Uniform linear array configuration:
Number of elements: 12
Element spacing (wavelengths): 0.5
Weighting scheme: kaiser
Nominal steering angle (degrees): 45
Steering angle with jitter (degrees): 43.122
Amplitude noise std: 0.05
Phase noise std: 0.05

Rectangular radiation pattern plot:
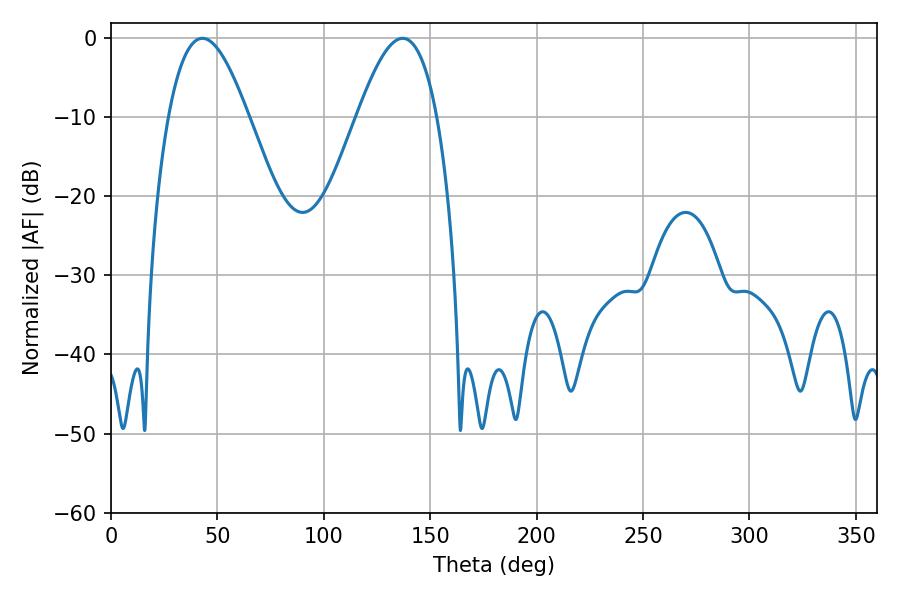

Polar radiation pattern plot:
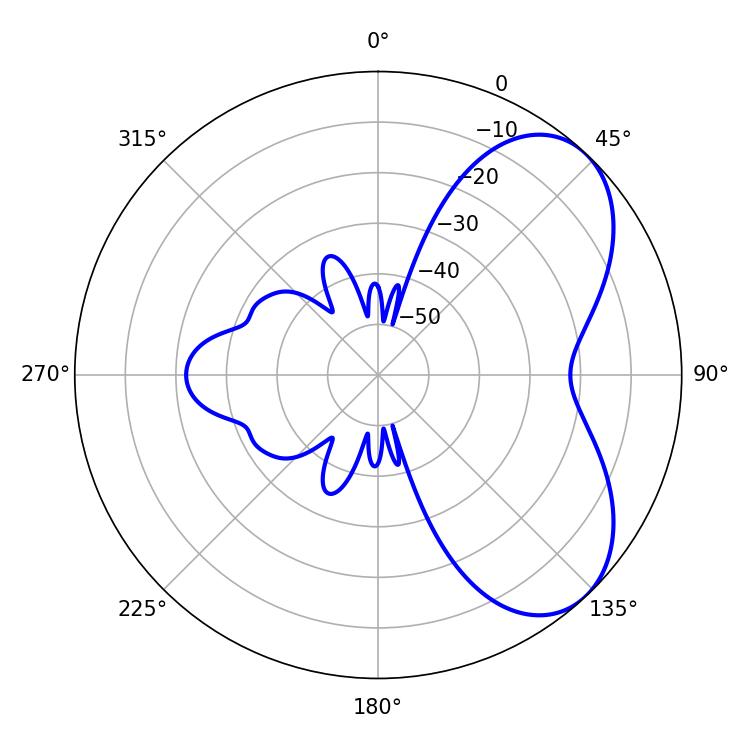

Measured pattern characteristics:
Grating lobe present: FALSE
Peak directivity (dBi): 5.69
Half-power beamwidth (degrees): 20.34
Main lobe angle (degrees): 43.02